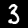
Digit: 3